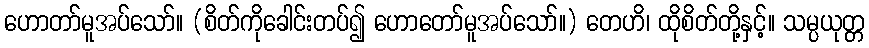
ဟောတာ်မူအပ်သော်။ (စိတ်ကိုခေါင်းတပ်၍ ဟောတော်မူအပ်သော်။) တေဟိ၊ ထိုစိတ်တို့နှင့်။ သမ္ပယုတ္တ